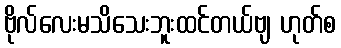
ဗိုလ်လေးမသိသေးဘူးထင်တယ်ဗျ ဟုတ်စ